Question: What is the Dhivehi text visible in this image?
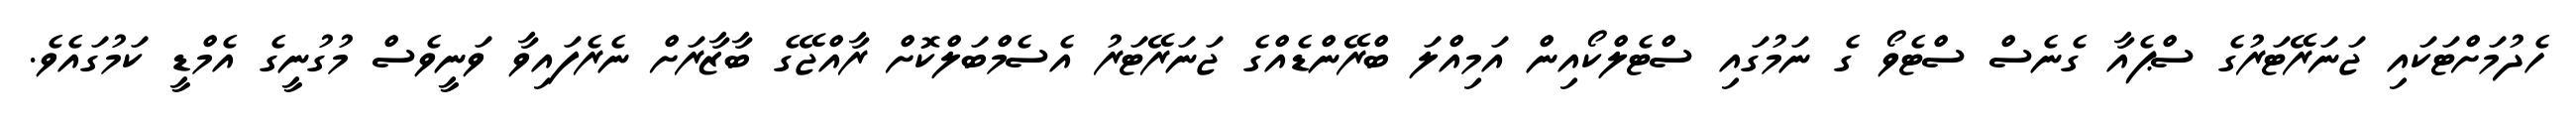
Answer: ހެދުމަށްޓަކައި ޖަނަރޭޓަރުގެ ސްޕެއާ ގެނެސް ސްޓެވޯ ގެ ނަމުގައި ސްޓެލްކޯއިން އަމިއްލަ ބްރޭންޑެއްގެ ޖަނަރޭޓަރު އެސެމްބަލްކޮށް ރާއްޖޭގެ ބާޒާރަށް ނެރެފައިވާ ވަނީވެސް މުގުނީގެ އެމްޑީ ކަމުގައެވެ.